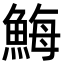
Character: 䱕